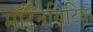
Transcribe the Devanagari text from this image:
मॉर्टेनसिटिक